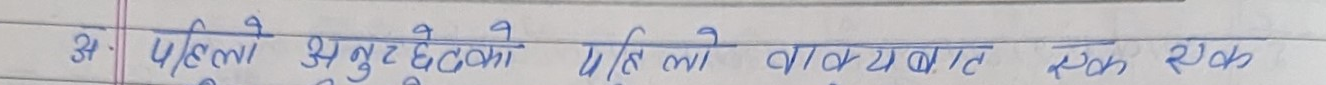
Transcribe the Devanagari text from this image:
अ पहिलो यि दुष्टहरूको पहिलो वाक्य बात एक एक